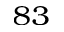
^ { 8 3 }